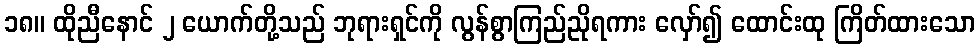
၁၈။ ထိုညီနောင် ၂ ယောက်တို့သည် ဘုရားရှင်ကို လွန်စွာကြည်ညိုရကား လှော်၍ ထောင်းထု ကြိတ်ထားသော